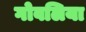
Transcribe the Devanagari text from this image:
गोवलिया